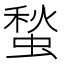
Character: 蝵